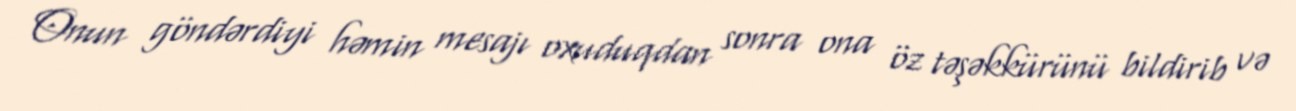
Onun göndərdiyi həmin mesajı oxuduqdan sonra ona öz təşəkkürünü bildirib və